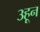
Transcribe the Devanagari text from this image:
३हून